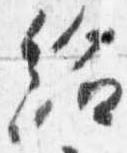
給